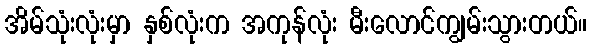
အိမ်သုံးလုံးမှာ နှစ်လုံးက အကုန်လုံး မီးလောင်ကျွမ်းသွားတယ်။